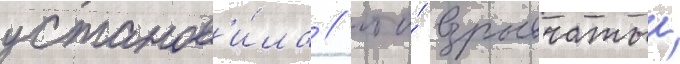
установ'и́ла / что́ взрывчатыи